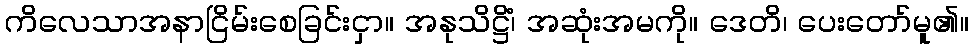
ကိလေသာအနာငြိမ်းစေခြင်းငှာ။ အနုသိဋ္ဌိံ၊ အဆုံးအမကို။ ဒေတိ၊ ပေးတော်မူ၏။